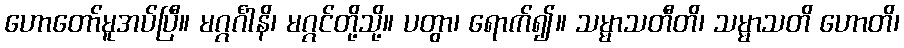
ဟောတော်မူအပ်ပြီ။ မဂ္ဂင်္ဂါနိ၊ မဂ္ဂင်တို့သို့။ ပတွာ၊ ရောက်၍။ သမ္မာသတီတိ၊ သမ္မာသတိ ဟောတိ၊